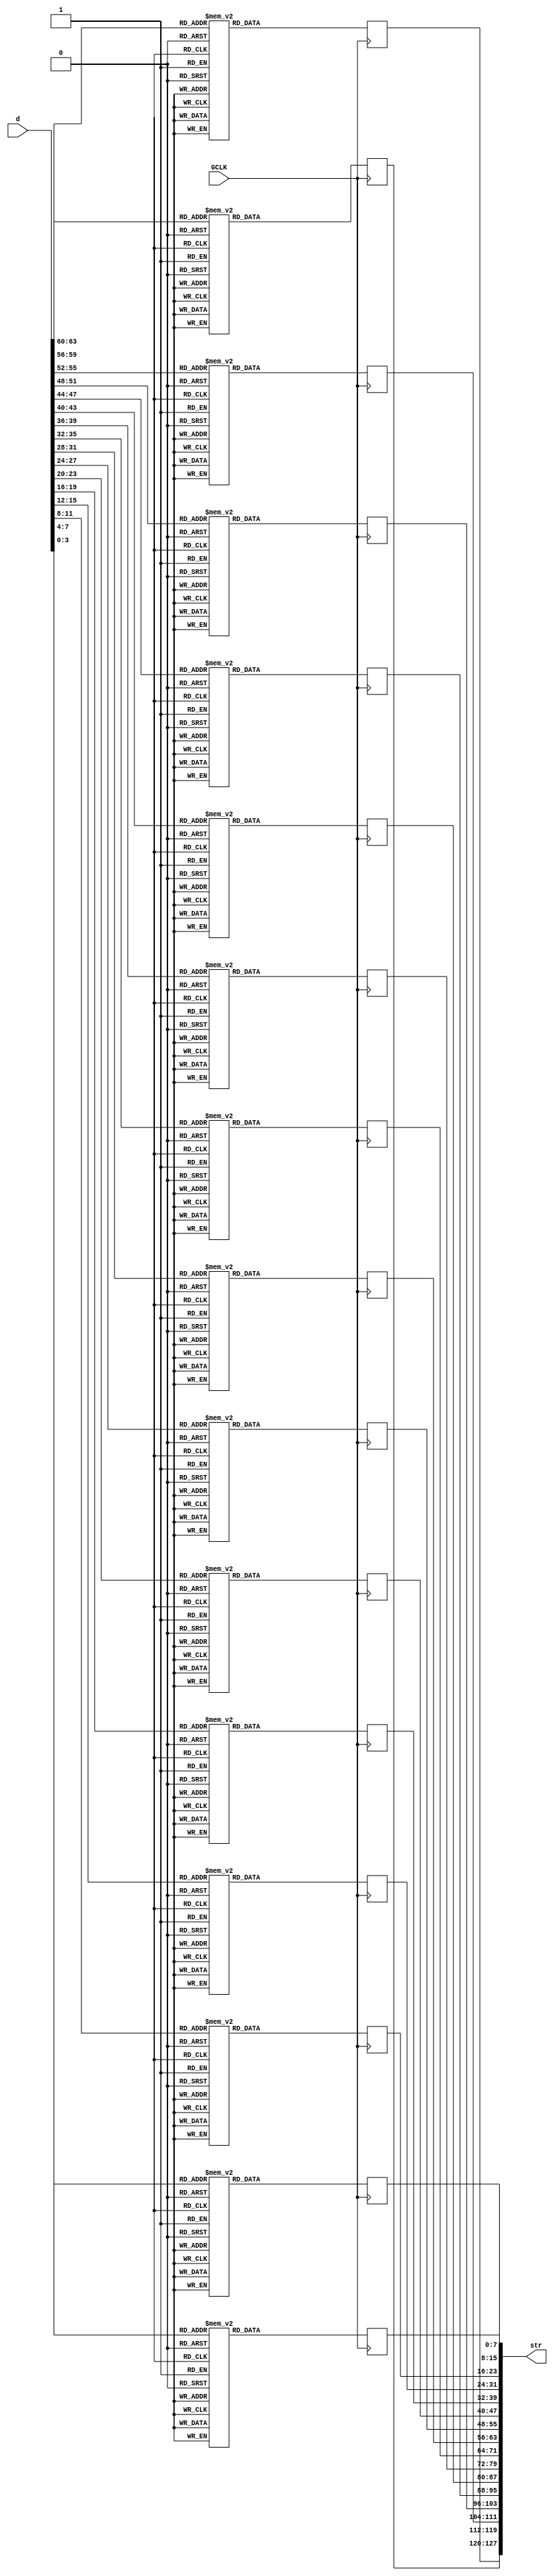
module D2STR_H#
    (
    parameter integer len = 16 
    )
    (
        input wire GCLK,
        output reg [127:0] str = "????????????????",
        input wire [4*len-1:0] d
    );
    genvar i;
    generate
    for (i = 0; i < len; i = i + 1) begin: test
        always @(posedge GCLK) begin
            case (d[4*i+3:4*i])
            4'd0: str[8*i+7:8*i] <= "0";
            4'd1: str[8*i+7:8*i] <= "1";
            4'd2: str[8*i+7:8*i] <= "2";
            4'd3: str[8*i+7:8*i] <= "3";
            4'd4: str[8*i+7:8*i] <= "4";
            4'd5: str[8*i+7:8*i] <= "5";
            4'd6: str[8*i+7:8*i] <= "6";
            4'd7: str[8*i+7:8*i] <= "7";
            4'd8: str[8*i+7:8*i] <= "8";
            4'd9: str[8*i+7:8*i] <= "9";
            4'd10: str[8*i+7:8*i] <= "A";
            4'd11: str[8*i+7:8*i] <= "B";
            4'd12: str[8*i+7:8*i] <= "C";
            4'd13: str[8*i+7:8*i] <= "D";
            4'd14: str[8*i+7:8*i] <= "E";
            4'd15: str[8*i+7:8*i] <= "F";
            default: str[8*i+7:8*i] <= " ";
            endcase            
        end
    end
    for (i = len; i < 16; i = i + 1) begin
        always @(posedge GCLK) begin
            str[8*i+7:8*i] <= " ";
        end
    end
    endgenerate
endmodule